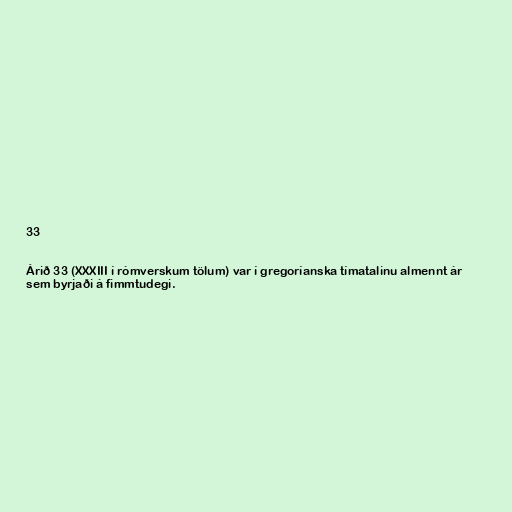
33

Árið 33 (XXXIII í rómverskum tölum) var í gregoríanska tímatalinu almennt ár
sem byrjaði á fimmtudegi.